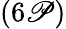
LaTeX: (6\mathscr{P})